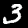
Digit: 3